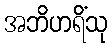
အဘိဟရိံသု